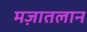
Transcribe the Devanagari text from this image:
मज़ातलान